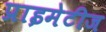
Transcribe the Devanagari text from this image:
प्राइमेटीज